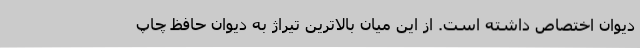
دیوان اختصاص داشته است. از این میان بالاترین تیراژ به دیوان حافظ چاپ